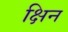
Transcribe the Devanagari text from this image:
क्षिन